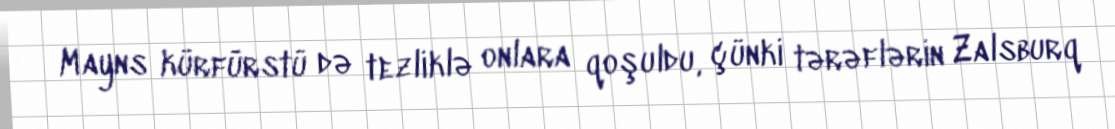
Mayns kürfürstü də tezliklə onlara qoşuldu, çünki tərəflərin Zalsburq